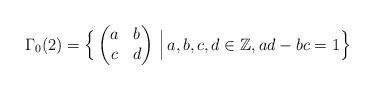
LaTeX: \begin{align*}&\Gamma_0(2)=\Big\{\begin{pmatrix}a & b\\c & d\end{pmatrix}\,\Big|\, a,b,c,d\in\mathbb{Z}, ad-bc=1\Big\}\end{align*}